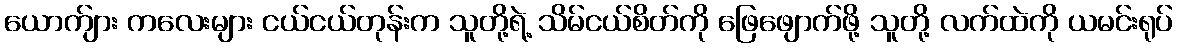
ယောက်ျား ကလေးများ ငယ်ငယ်တုန်းက သူတို့ရဲ့ သိမ်ငယ်စိတ်ကို ဖြေဖျောက်ဖို့ သူတို့ လက်ထဲကို ယမင်းရုပ်